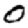
Digit: 0